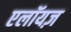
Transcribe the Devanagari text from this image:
एलॉयज़